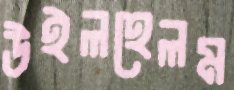
উইলহেলম